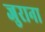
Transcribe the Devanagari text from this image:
जुराना